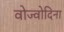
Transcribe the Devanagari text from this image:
वोज्वोदिना